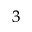
{ ^ 3 }